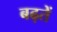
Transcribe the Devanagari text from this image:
बढ़तें